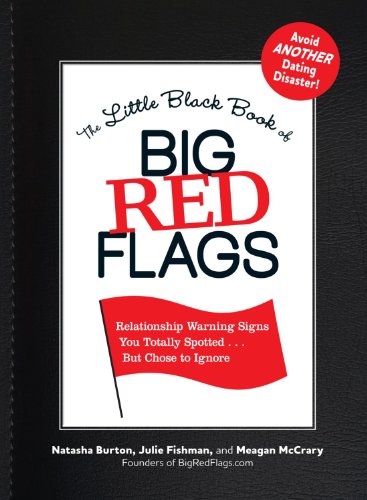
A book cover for The Little Black Book of Big Red Flags: Relationship Warning Signs You Totally Spotted... But Chose to Ignore; Natasha Burton; Self-Help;